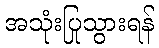
အသုံးပြုသွားရန်